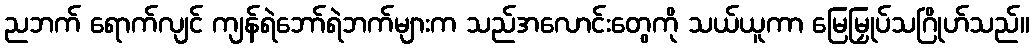
ညဘက် ရောက်လျင် ကျန်ရဲဘော်ရဲဘက်များက သည်အလောင်းတွေကို သယ်ယူကာ မြေမြှုပ်သဂြိုဟ်သည်။